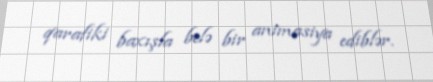
qarafiki baxışla belə bir animasiya ediblər.